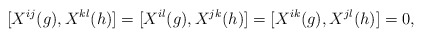
\begin{align*} [X^{ij}(g),X^{kl}(h)]=[X^{il}(g), X^{jk}(h)]=[X^{ik}(g), X^{jl}(h)]=0 ,\end{align*}